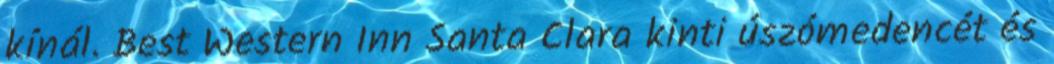
kínál. Best Western Inn Santa Clara kinti úszómedencét és